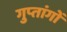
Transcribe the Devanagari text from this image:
गुप्‍तांगों